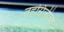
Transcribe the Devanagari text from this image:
तहसिलीचा